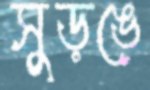
সুড়ঙে